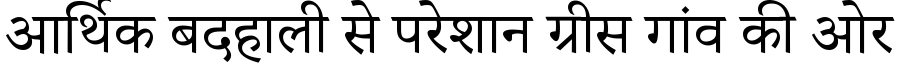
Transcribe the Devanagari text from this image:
आर्थिक बदहाली से परेशान ग्रीस गांव की ओर